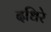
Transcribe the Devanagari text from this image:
दधिरे